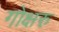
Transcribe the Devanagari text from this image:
गोक्षरु